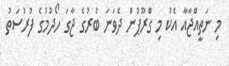
މި ނަތީއްޖާއާ އެކު މި ގްރޫޕުން ދެވަނަ ބުރުގެ ޖާގަ ހޯދުމުގެ ފުރުސަތު